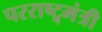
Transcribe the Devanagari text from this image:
परराष्ट्र्मंत्री